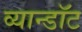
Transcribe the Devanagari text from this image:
व्यान्डॉट